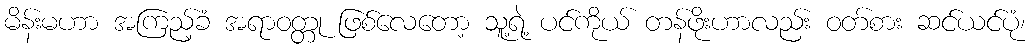
မိန်းမဟာ အကြည့်ခံ အရာဝတ္တု ဖြစ်လေတော့ သူ့ရဲ့ ပင်ကိုယ် တန်ဖိုးဟာလည်း ဝတ်စား ဆင်ယင်ပုံ၊